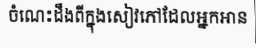
ចំណេះដឹងពីក្នុងសៀវភៅដែលអ្នកអាន